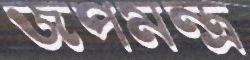
জপমন্ত্র